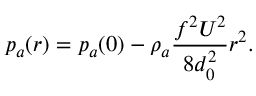
p _ { a } ( r ) = p _ { a } ( 0 ) - \rho _ { a } \frac { f ^ { 2 } U ^ { 2 } } { 8 d _ { 0 } ^ { 2 } } r ^ { 2 } .